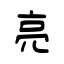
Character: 亮